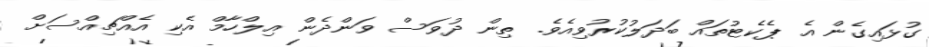
ގުޅައިގެން އެ ޕެކެޓުތައް ބަދަލުކުރުވިއެވެ. ތިން ދުވަސް ވަންދެން އިލްހާމް އެކި އެއްޗިއްސަށް